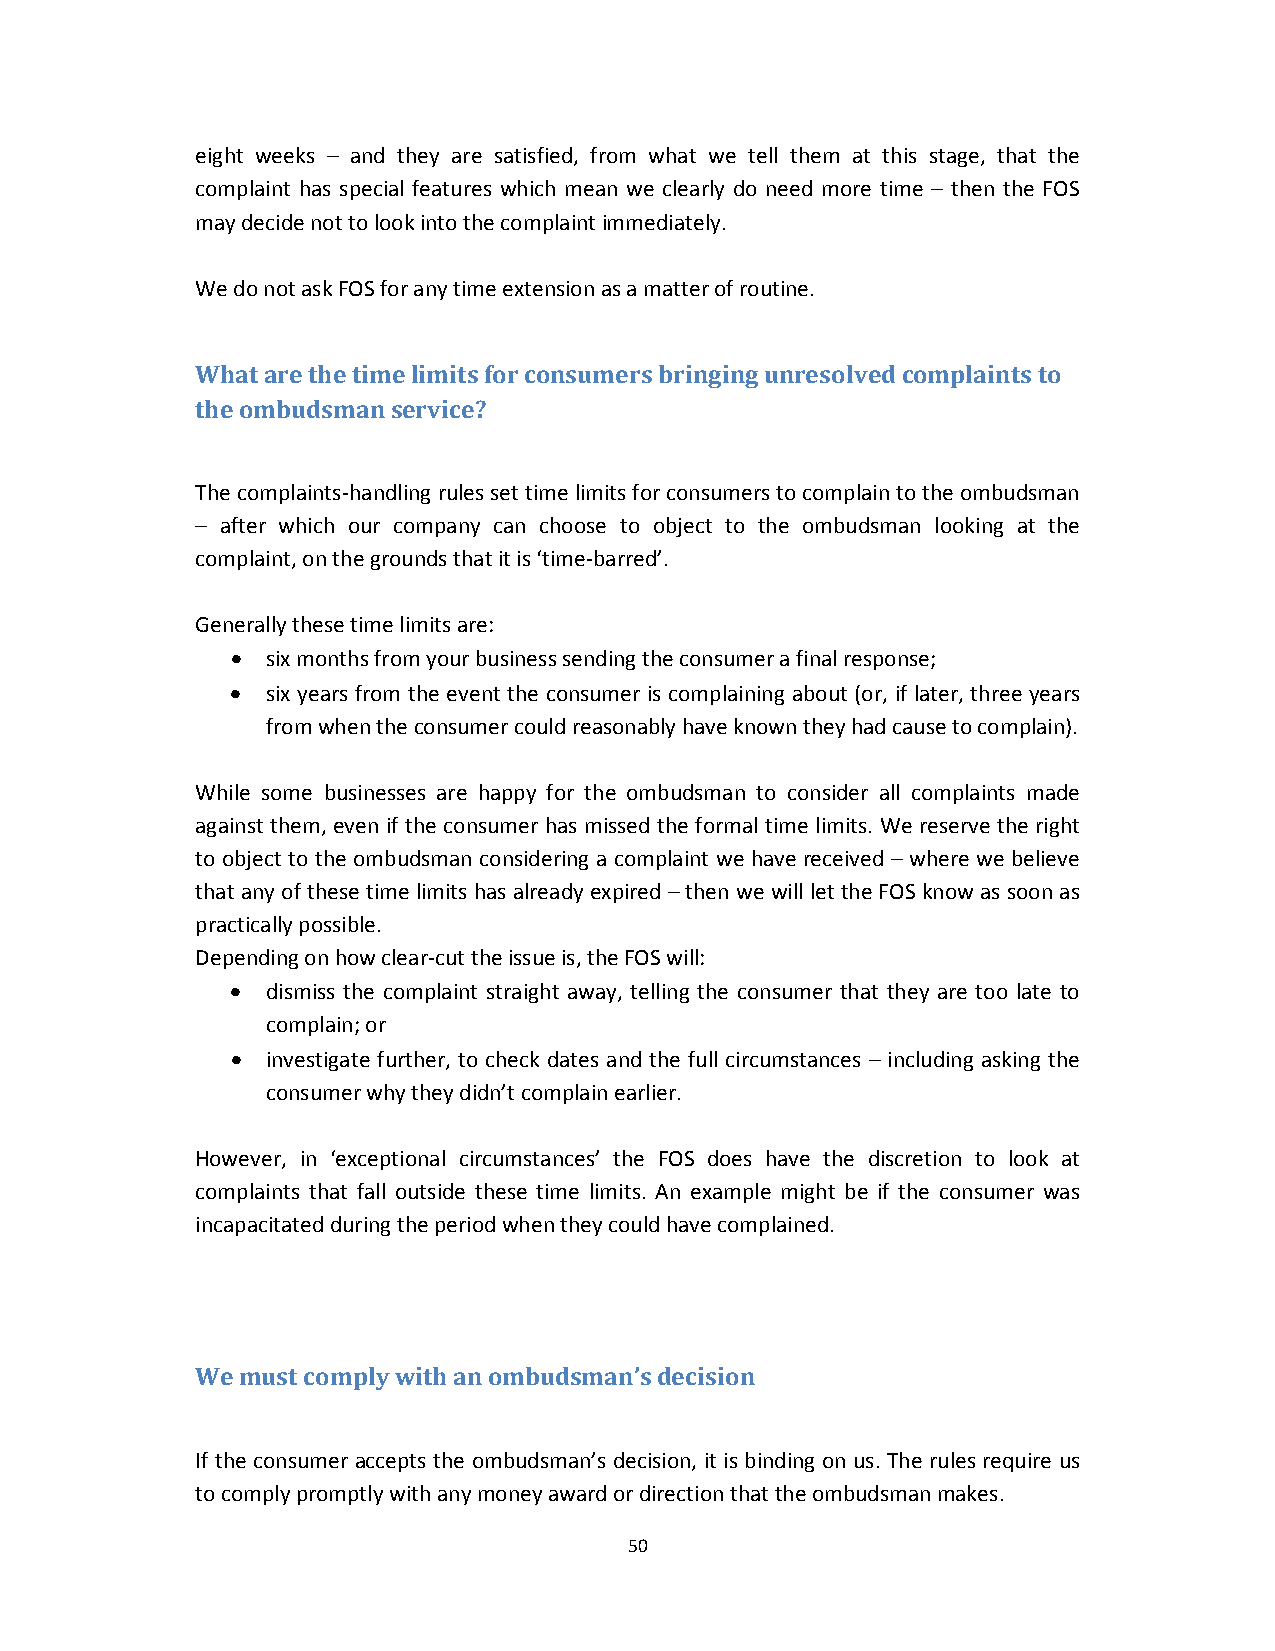
eight weeks – and they are satisfied, from what we tell them at this stage, that the
 complaint has special features which mean we clearly do need more time – then the FOS
 may decide not to look into the complaint immediately.
 We do not ask FOS for any time extension as a matter of routine.
 What are the time limits for consumers bringing unresolved complaints to
 the ombudsman service?
 The complaints‐handling rules set time limits for consumers to complain to the ombudsman
 – after which our company can choose to object to the ombudsman looking at the
 complaint, on the grounds that it is ‘time‐barred’.
 Generally these time limits are:
   six months from your business sending the consumer a final response;
   six years from the event the consumer is complaining about (or, if later, three years
 from when the consumer could reasonably have known they had cause to complain).
 While some businesses are happy for the ombudsman to consider all complaints made
 against them, even if the consumer has missed the formal time limits. We reserve the right
 to object to the ombudsman considering a complaint we have received – where we believe
 that any of these time limits has already expired – then we will let the FOS know as soon as
 practically possible.
 Depending on how clear‐cut the issue is, the FOS will:
   dismiss the complaint straight away, telling the consumer that they are too late to
 complain; or
   investigate further, to check dates and the full circumstances – including asking the
 consumer why they didn’t complain earlier.
 However, in ‘exceptional circumstances’ the FOS does have the discretion to look at
 complaints that fall outside these time limits. An example might be if the consumer was
 incapacitated during the period when they could have complained.
 www.fi nancial‐ombudsman.org.uk
 We must comply with an ombudsman’s decision
 If the consumer accepts the ombudsman’s decision, it is binding on us. The rules require us
 to comply promptly with any money award or direction that the ombudsman makes.
 50